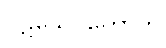
ပဋိသေဝိတောတိ